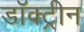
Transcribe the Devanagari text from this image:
डॉक्ट्रीन